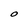
Character: O